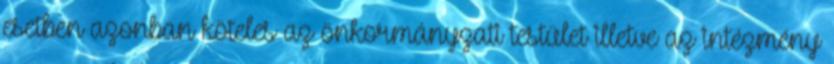
esetben azonban köteles az önkormányzati testület illetve az intézmény